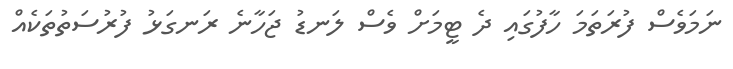
ނަމަވެސް ފުރަތަމަ ހާފުގައި ދެ ޓީމަށް ވެސް ލަނޑު ޖަހާނެ ރަނގަޅު ފުރުސަތުތަކެއް